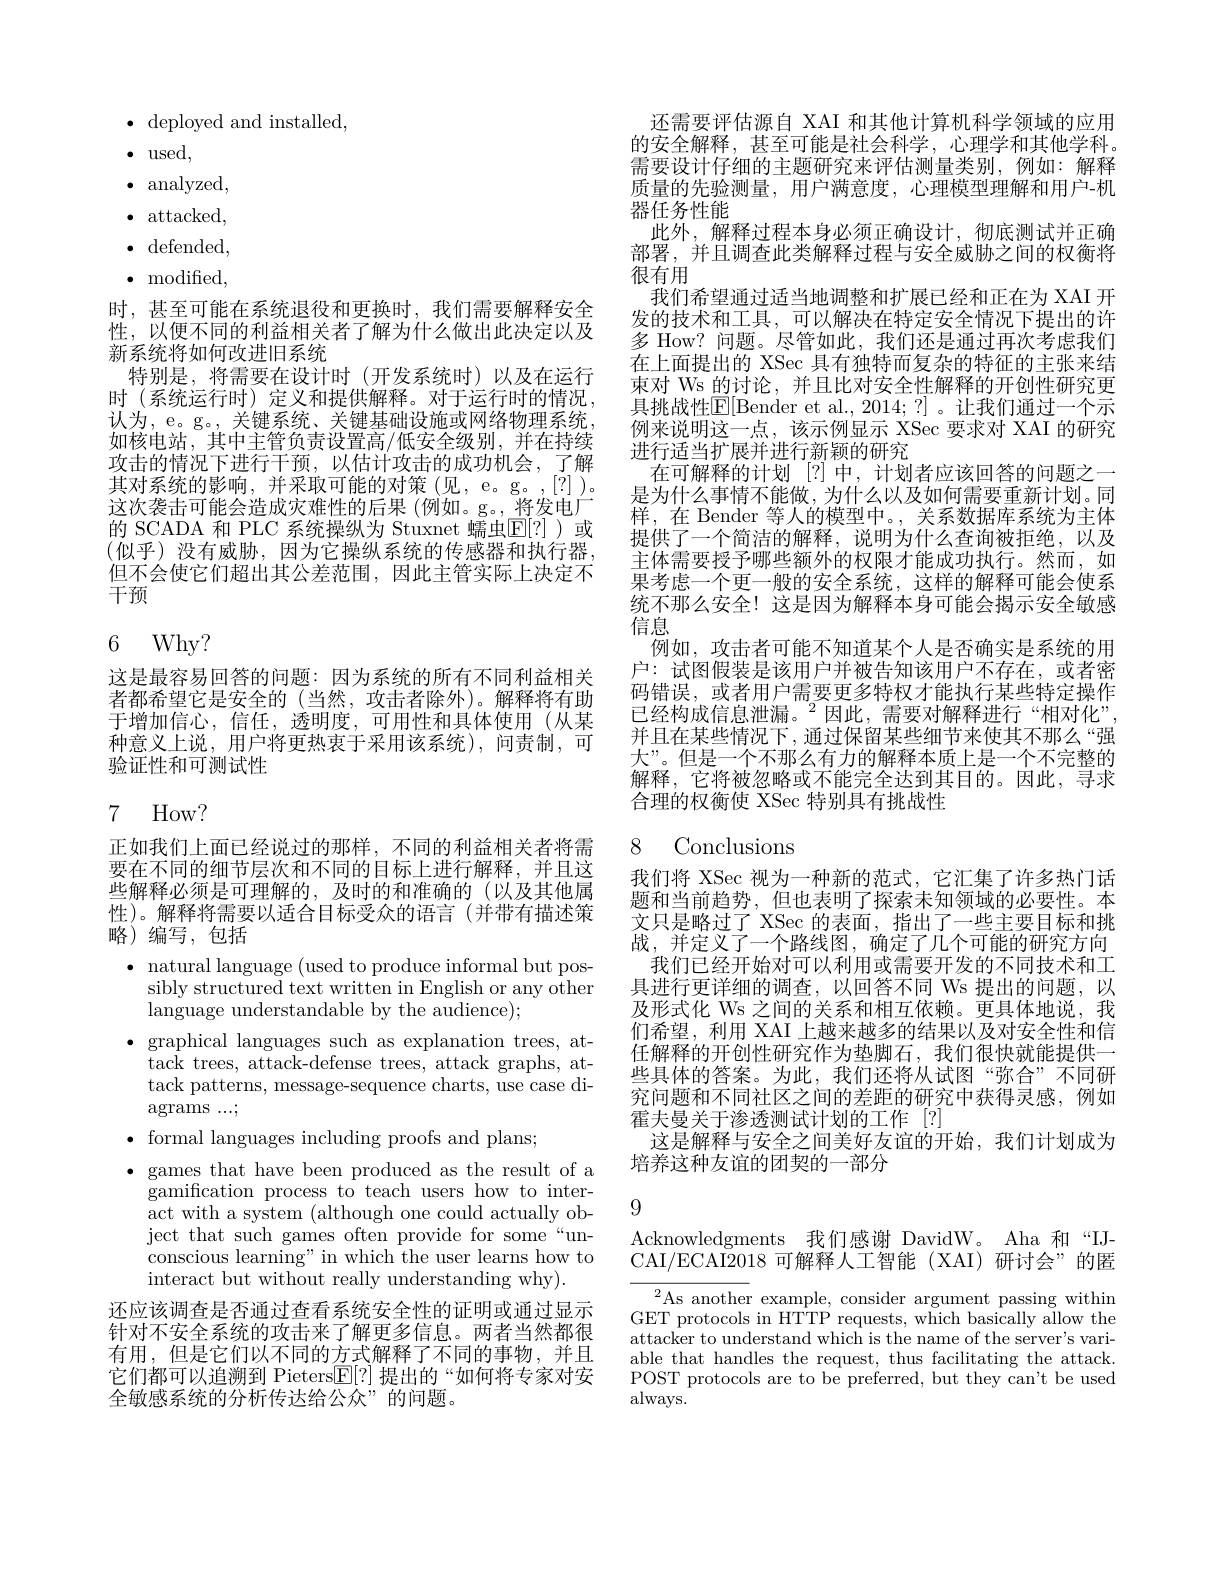
$\bullet{\mathrm{~deployed~and~installed,}}$
$\bullet$ used,
$\cdot$ analyzed, $\cdot$ attacked, $\cdot$ defended, $\bullet$ modified,
时，甚至可能在系统退役和更换时，我们需要解释安全性，以便不同的利益相关者了解为什么做出此决定以及新系统将如何改进旧系统
特别是，将需要在设计时(开发系统时)以及在运行时 (系统运行时) 定义和提供解释。对于运行时的情况认为，e。g。, 关键系统、关键基础设施或网络物理系统如核电站，其中主管负责设置高/低安全级别，并在持续攻击的情况下进行干预，以估计攻击的成功机会，了解其对系统的影响，并采取可能的对策(见，e。g。,[?])。这次袭击可能会造成灾难性的后果(例如。g。,将发电厂的 SCADA 和 PLC 系统操纵为 Stuxnet 蠕虫$\mathbb{E}[?]$)或(似乎)没有威胁，因为它操纵系统的传感器和执行器， 但不会使它们超出其公差范围，因此主管实际上决定不干预

6 Why?

这是最容易回答的问题：因为系统的所有不同利益相关者都希望它是安全的 (当然，攻击者除外)。解释将有助于增加信心，信任，透明度，可用性和具体使用(从某种意义上说，用户将更热衷于采用该系统),问责制，可验证性和可测试性

# 7 How?

正如我们上面已经说过的那样，不同的利益相关者将需要在不同的细节层次和不同的目标上进行解释，并且这些解释必须是可理解的，及时的和准确的(以及其他属性)。解释将需要以适合目标受众的语言(并带有描述策略)编写，包括

$\bullet$ natural language (used to produce informal but pos-
sibly structured text written in English or any other
language understandable by the audience);

$\bullet$ graphical languages such as explanation trees, at-

$\begin{array}{ll}{\mathrm{tack~trees,~attack-defense~trees,~attack~graphs,~at-}}\\{\mathrm{tack~trees,~attack-defense~trees,~attack~graphs,~at-}}\end{array}$

tack patterns, message-sequence charts, use case di-

$\operatorname{agrams}...;$

$\bullet$ formal languages including proofs and plans;

$\bullet$ games that have been produced as the result of a
gamification process to teach users how to interact with a system (although one could actually object that such games often provide for some“unconscious learning" in which the user learns how to interact but without really understanding why).

还应该调查是否通过查看系统安全性的证明或通过显示针对不安全系统的攻击来了解更多信息。两者当然都很有用，但是它们以不同的方式解释了不同的事物，并且它们都可以追溯到 Pieters$\underline{\mathrm{E}}[?]$提出的“如何将专家对安全敏感系统的分析传达给公众”的问题。

还需要评估源自 XAI 和其他计算机科学领域的应用的安全解释，甚至可能是社会科学，心理学和其他学科。需要设计仔细的主题研究来评估测量类别，例如：解释质量的先验测量，用户满意度，心理模型理解和用户-机器任务性能
此外，解释过程本身必须正确设计，彻底测试并正确部署，并且调查此类解释过程与安全威胁之间的权衡将很有用
我们希望通过适当地调整和扩展已经和正在为 XAI 开发的技术和工具，可以解决在特定安全情况下提出的许多 How? 问题。尽管如此，我们还是通过再次考虑我们在上面提出的 XSec 具有独特而复杂的特征的主张来结束对 Ws 的讨论，并且比对安全性解释的开创性研究更具挑战性$\mathbb{E}[$Bender et al., 2014; ?]。让我们通过一个示例来说明这一点，该示例显示 XSec 要求对 XAI 的研究进行适当扩展并进行新颖的研究
在可解释的计划 [?]中，计划者应该回答的问题之一是为什么事情不能做，为什么以及如何需要重新计划。同样，在 Bender 等人的模型中。, 关系数据库系统为主体提供了一个简洁的解释，说明为什么查询被拒绝，以及主体需要授予哪些额外的权限才能成功执行。然而，如果考虑一个更一般的安全系统，这样的解释可能会使系统不那么安全！这是因为解释本身可能会揭示安全敏感信息
例如，攻击者可能不知道某个人是否确实是系统的用户：试图假装是该用户并被告知该用户不存在，或者密码错误，或者用户需要更多特权才能执行某些特定操作已经构成信息泄漏。$^2$因此，需要对解释进行“相对化”, 并且在某些情况下，通过保留某些细节来使其不那么“强大”。但是一个不那么有力的解释本质上是一个不完整的解释，它将被忽略或不能完全达到其目的。因此，寻求合理的权衡使 XSec 特别具有挑战性

8 Conclusions

我们将 XSec 视为一种新的范式，它汇集了许多热门话题和当前趋势，但也表明了探索未知领域的必要性。本文只是略过了 XSec 的表面，指出了一些主要目标和挑战，并定义了一个路线图，确定了几个可能的研究方向
我们已经开始对可以利用或需要开发的不同技术和工具进行更详细的调查，以回答不同 Ws 提出的问题，以及形式化 Ws 之间的关系和相互依赖。更具体地说，我们希望，利用 XAI 上越来越多的结果以及对安全性和信任解释的开创性研究作为垫脚石，我们很快就能提供一些具体的答案。为此，我们还将从试图“弥合”不同研究问题和不同社区之间的差距的研究中获得灵感，例如霍夫曼关于渗透测试计划的工作[?]
这是解释与安全之间美好友谊的开始，我们计划成为
培养这种友谊的团契的一部分

9

Acknowledgments 我们感谢 DavidW。Aha 和“IJCAI/ECAI2018 可解释人工智能 (XAI)研讨会”的匿

${}^{2}$As another example, consider argument passing within GET protocols in HTTP requests, which basically allow the attacker to understand which is the name of the server's variable that handles the request, thus facilitating the attack. POST protocols are to be preferred, but they can't be used always.